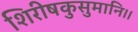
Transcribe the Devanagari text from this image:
शिरीषकुसुमानि।।